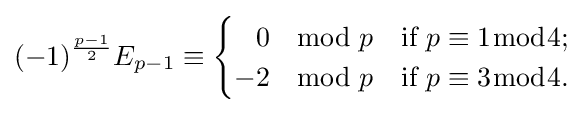
(-1)^{\frac {p-1}{2}}E_{p-1}\equiv \textstyle {\begin{cases}{\phantom {-}}0\mod p&{\text{if }}p\equiv 1{\bmod {4}};\\-2\mod p&{\text{if }}p\equiv 3{\bmod {4}}.\end{cases}}